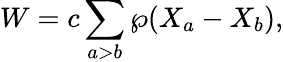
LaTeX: W=c\sum_{a>b}\wp(X_{a}-X_{b}),